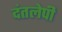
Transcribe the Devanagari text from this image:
दंतलेपी